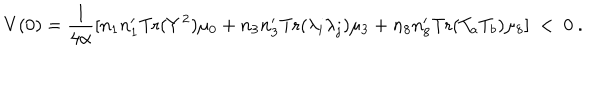
V ( 0 ) = { \frac { 1 } { 4 \alpha } } [ n _ { 1 } n _ { 1 } ^ { \prime } \mathrm { T r } ( Y ^ { 2 } ) \mu _ { 0 } + n _ { 3 } n _ { 3 } ^ { \prime } \mathrm { T r } ( \lambda _ { i } \lambda _ { j } ) \mu _ { 3 } + n _ { 8 } n _ { 8 } ^ { \prime } \mathrm { T r } ( T _ { a } T _ { b } ) \mu _ { 8 } ] \ < \ 0 \ .